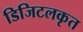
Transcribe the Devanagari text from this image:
डिजिटलकृत